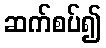
ဆက်စပ်၍